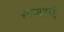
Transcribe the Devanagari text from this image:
सज़ाएं